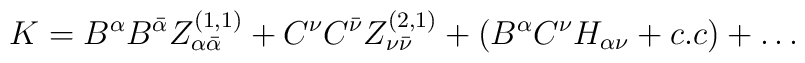
K = B^{\alpha}B^{\bar \alpha} Z_{\alpha{\bar \alpha}}^{(1,1)} + C^{\nu} C^{\bar \nu} Z_{\nu{\bar \nu}}^{(2,1)} + (B^{\alpha} C^{\nu} H_{\alpha \nu} + c.c) +\dots